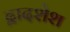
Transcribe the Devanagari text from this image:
द्वादशेश